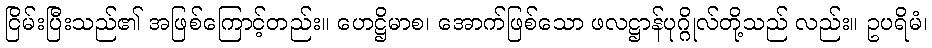
ငြိမ်းပြီးသည်၏ အဖြစ်ကြောင့်တည်း။ ဟေဋ္ဌိမာစ၊ အောက်ဖြစ်သော ဖလဋ္ဌာန်ပုဂ္ဂိုလ်တို့သည် လည်း။ ဥပရိမံ၊